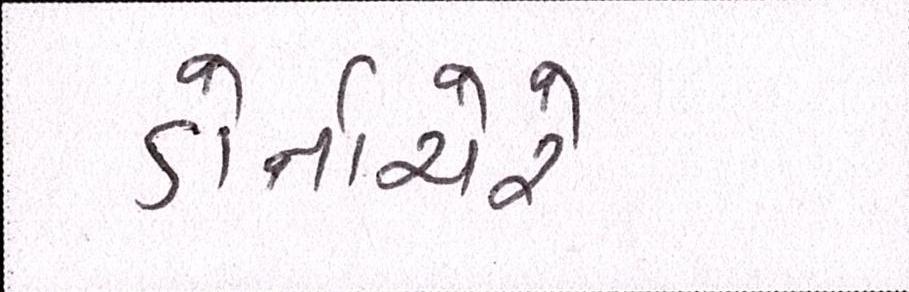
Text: ડોર્નાચેરે